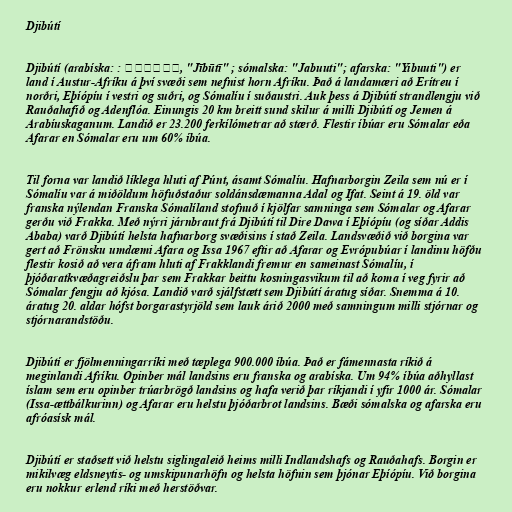
Djibútí

Djibútí (arabíska: : جيبوتي, "Jībūtī" ; sómalska: "Jabuuti"; afarska: "Yibuuti") er
land í Austur-Afríku á því svæði sem nefnist horn Afríku. Það á landamæri að Erítreu í
norðri, Eþíópíu í vestri og suðri, og Sómalíu í suðaustri. Auk þess á Djibútí strandlengju við
Rauðahafið og Adenflóa. Einungis 20 km breitt sund skilur á milli Djibútí og Jemen á
Arabíuskaganum. Landið er 23.200 ferkílómetrar að stærð. Flestir íbúar eru Sómalar eða
Afarar en Sómalar eru um 60% íbúa.

Til forna var landið líklega hluti af Púnt, ásamt Sómalíu. Hafnarborgin Zeila sem nú er í
Sómalíu var á miðöldum höfuðstaður soldánsdæmanna Adal og Ifat. Seint á 19. öld var
franska nýlendan Franska Sómalíland stofnuð í kjölfar samninga sem Sómalar og Afarar
gerðu við Frakka. Með nýrri járnbraut frá Djibútí til Dire Dawa í Eþíópíu (og síðar Addis
Ababa) varð Djibútí helsta hafnarborg svæðisins í stað Zeila. Landsvæðið við borgina var
gert að Frönsku umdæmi Afara og Issa 1967 eftir að Afarar og Evrópubúar í landinu höfðu
flestir kosið að vera áfram hluti af Frakklandi fremur en sameinast Sómalíu, í
þjóðaratkvæðagreiðslu þar sem Frakkar beittu kosningasvikum til að koma í veg fyrir að
Sómalar fengju að kjósa. Landið varð sjálfstætt sem Djibútí áratug síðar. Snemma á 10.
áratug 20. aldar hófst borgarastyrjöld sem lauk árið 2000 með samningum milli stjórnar og
stjórnarandstöðu.

Djibútí er fjölmenningarríki með tæplega 900.000 íbúa. Það er fámennasta ríkið á
meginlandi Afríku. Opinber mál landsins eru franska og arabíska. Um 94% íbúa aðhyllast
íslam sem eru opinber trúarbrögð landsins og hafa verið þar ríkjandi í yfir 1000 ár. Sómalar
(Issa-ættbálkurinn) og Afarar eru helstu þjóðarbrot landsins. Bæði sómalska og afarska eru
afróasísk mál.

Djibútí er staðsett við helstu siglingaleið heims milli Indlandshafs og Rauðahafs. Borgin er
mikilvæg eldsneytis- og umskipunarhöfn og helsta höfnin sem þjónar Eþíópíu. Við borgina
eru nokkur erlend ríki með herstöðvar.